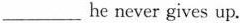
___he never gives up.